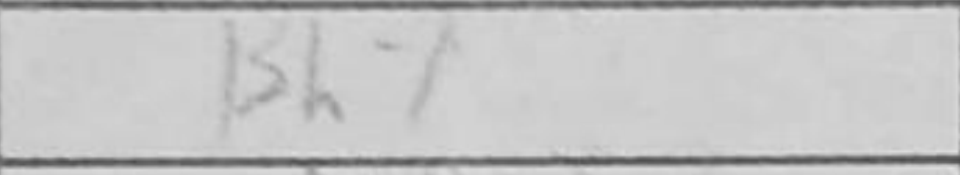
Transcription: Bh7